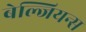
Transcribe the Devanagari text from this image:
बेल्जियन्स